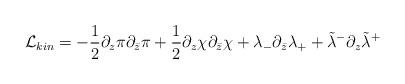
LaTeX: \begin{align*}{\cal L}_{kin}=-{1\over 2}\partial_z\pi\partial_{\bar z}\pi+{1\over 2}\partial_z\chi\partial_{\bar z}\chi+\lambda_-\partial_{\bar z}\lambda_++\tilde\lambda^-\partial_z\tilde\lambda^+\end{align*}